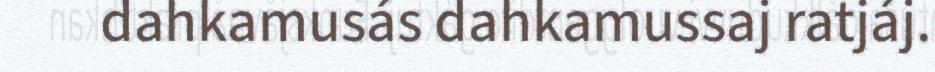
dahkamusás dahkamussaj ratjáj.